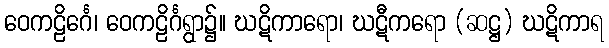
ဝေကဠိင်္ဂေ၊ ဝေကဠိင်္ဂရွာ၌။ ဃဋိကာရော၊ ဃဋီကရော (ဆဋ္ဌ) ဃဋိကာရ